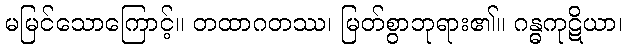
မမြင်သောကြောင့်။ တထာဂတဿ၊ မြတ်စွာဘုရား၏။ ဂန္ဓကုဋိယာ၊